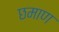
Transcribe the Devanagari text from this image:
छमाण